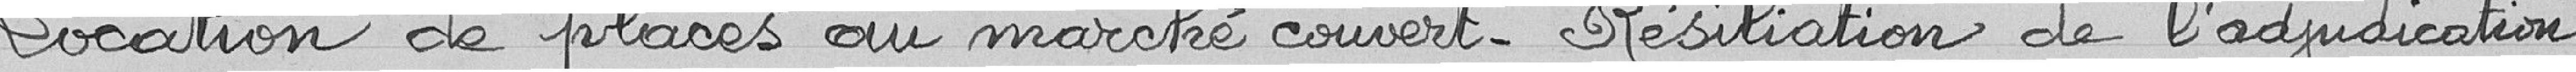
Location de places au marché couvert - Résiliation de l'adjudication